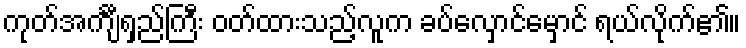
ကုတ်အင်္ကျီရှည်ကြီး ဝတ်ထားသည့်လူက ခပ်လှောင်မှောင် ရယ်လိုက်၏။